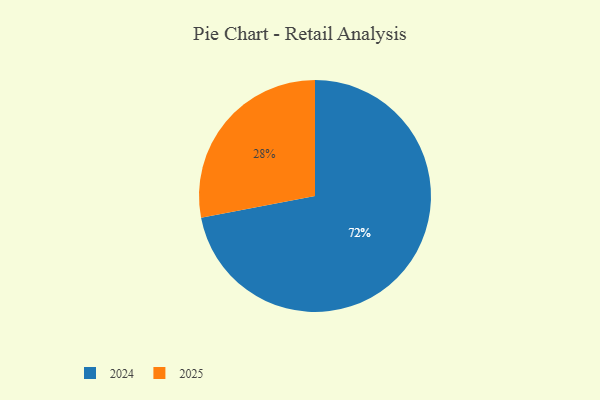
{"axis": {"x": "Category", "y": "Percentage"}, "legend": ["2024", "2025"], "data": [{"x": "2025", "y": 28, "type": "2025"}, {"x": "2024", "y": 72, "type": "2024"}]}